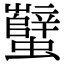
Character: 蠥